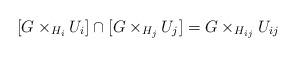
LaTeX: \begin{align*}[G\times_{H_i}U_i]\cap [G\times_{H_j}U_j]=G\times_{H_{ij}}U_{ij}\end{align*}